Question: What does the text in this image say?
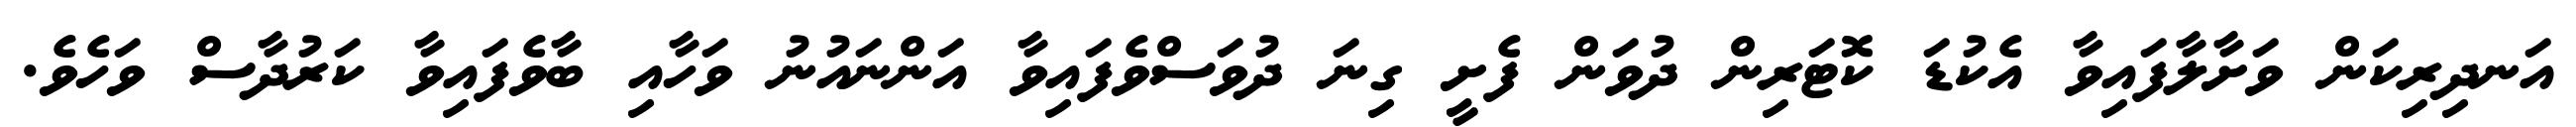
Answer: އަނދިރިކަން ވަށާލާފައިވާ އެކުޑަ ކޮޓަރިން ދުވަން ފެށީ ގިނަ ދުވަސްވެފައިވާ އަންނައުނު ވަހާއި ބާވެފައިވާ ކަރުދާސް ވަހެވެ.